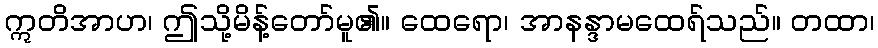
ဣတိအာဟ၊ ဤသို့မိန့်တော်မူ၏။ ထေရော၊ အာနန္ဒာမထေရ်သည်။ တထာ၊